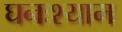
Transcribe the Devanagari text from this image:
घनःश्याम